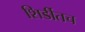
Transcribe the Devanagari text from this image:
शिर्डीतच